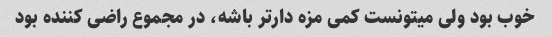
خوب بود ولی میتونست کمی مزه دار‌تر باشه، در مجموع راضی کننده بود